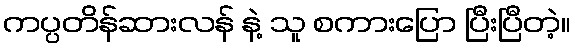
ကပ္ပတိန်ဆားလန် နဲ့ သူ စကားပြော ပြီးပြီတဲ့။